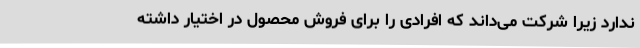
ندارد زیرا شرکت می‌داند که افرادی را برای فروش محصول در اختیار داشته